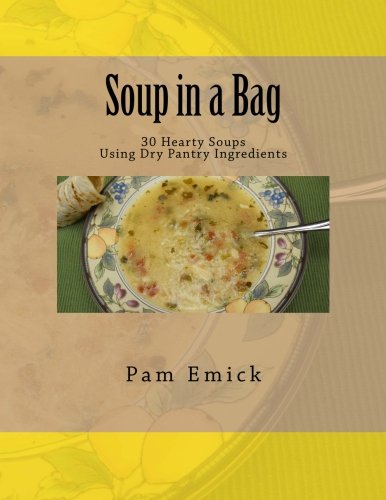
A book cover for Soup in a Bag: Easy Meat and Meatless Soups for Everyday - using dehydrated ingredients; Pam Emick; Cookbooks, Food & Wine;